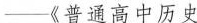
——《普通高中历史